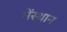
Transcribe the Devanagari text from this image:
मेंस्थान